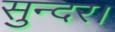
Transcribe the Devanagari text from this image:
सुन्दर।